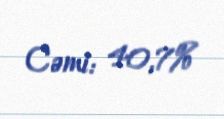
Cəmi: 40,7%